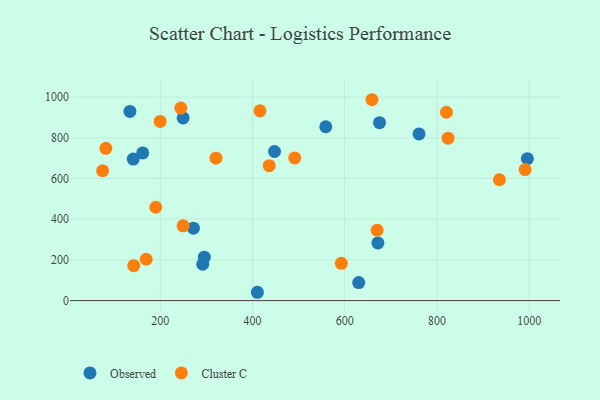
{"axis": {"x": "Investment", "y": "Yield"}, "legend": ["Cluster C", "Observed"], "data": [{"x": "672.0", "y": 283.3, "type": "Observed"}, {"x": "249.5", "y": 897.8, "type": "Observed"}, {"x": "141.3", "y": 695.5, "type": "Observed"}, {"x": "295.5", "y": 213.5, "type": "Observed"}, {"x": "996.2", "y": 697.2, "type": "Observed"}, {"x": "558.9", "y": 854.4, "type": "Observed"}, {"x": "271.8", "y": 355.8, "type": "Observed"}, {"x": "761.2", "y": 819.1, "type": "Observed"}, {"x": "410.6", "y": 40.9, "type": "Observed"}, {"x": "447.8", "y": 732.6, "type": "Observed"}, {"x": "675.5", "y": 874.3, "type": "Observed"}, {"x": "134.1", "y": 929.5, "type": "Observed"}, {"x": "292.0", "y": 178.7, "type": "Observed"}, {"x": "161.8", "y": 725.6, "type": "Observed"}, {"x": "630.4", "y": 88.7, "type": "Observed"}, {"x": "991.3", "y": 643.8, "type": "Cluster C"}, {"x": "81.8", "y": 748.3, "type": "Cluster C"}, {"x": "935.6", "y": 594.4, "type": "Cluster C"}, {"x": "824.2", "y": 798.4, "type": "Cluster C"}, {"x": "320.8", "y": 700.1, "type": "Cluster C"}, {"x": "249.5", "y": 367.6, "type": "Cluster C"}, {"x": "491.7", "y": 701.0, "type": "Cluster C"}, {"x": "659.1", "y": 987.1, "type": "Cluster C"}, {"x": "820.6", "y": 925.5, "type": "Cluster C"}, {"x": "436.3", "y": 662.9, "type": "Cluster C"}, {"x": "169.5", "y": 203.1, "type": "Cluster C"}, {"x": "190.1", "y": 458.8, "type": "Cluster C"}, {"x": "74.9", "y": 638.2, "type": "Cluster C"}, {"x": "416.2", "y": 932.4, "type": "Cluster C"}, {"x": "199.7", "y": 880.3, "type": "Cluster C"}, {"x": "142.4", "y": 171.5, "type": "Cluster C"}, {"x": "244.6", "y": 946.2, "type": "Cluster C"}, {"x": "670.3", "y": 345.7, "type": "Cluster C"}, {"x": "592.7", "y": 183.0, "type": "Cluster C"}]}